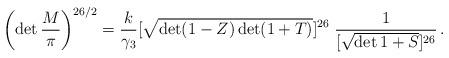
LaTeX: \begin{align*}\left(\det \frac{M}{\pi} \right)^{26/2}= \frac{k}{\gamma_3}[\sqrt{\det (1-Z)\det (1 + T)}]^{26}\; \frac{1}{[\sqrt{\det 1 + S}]^{26}} \,.\end{align*}